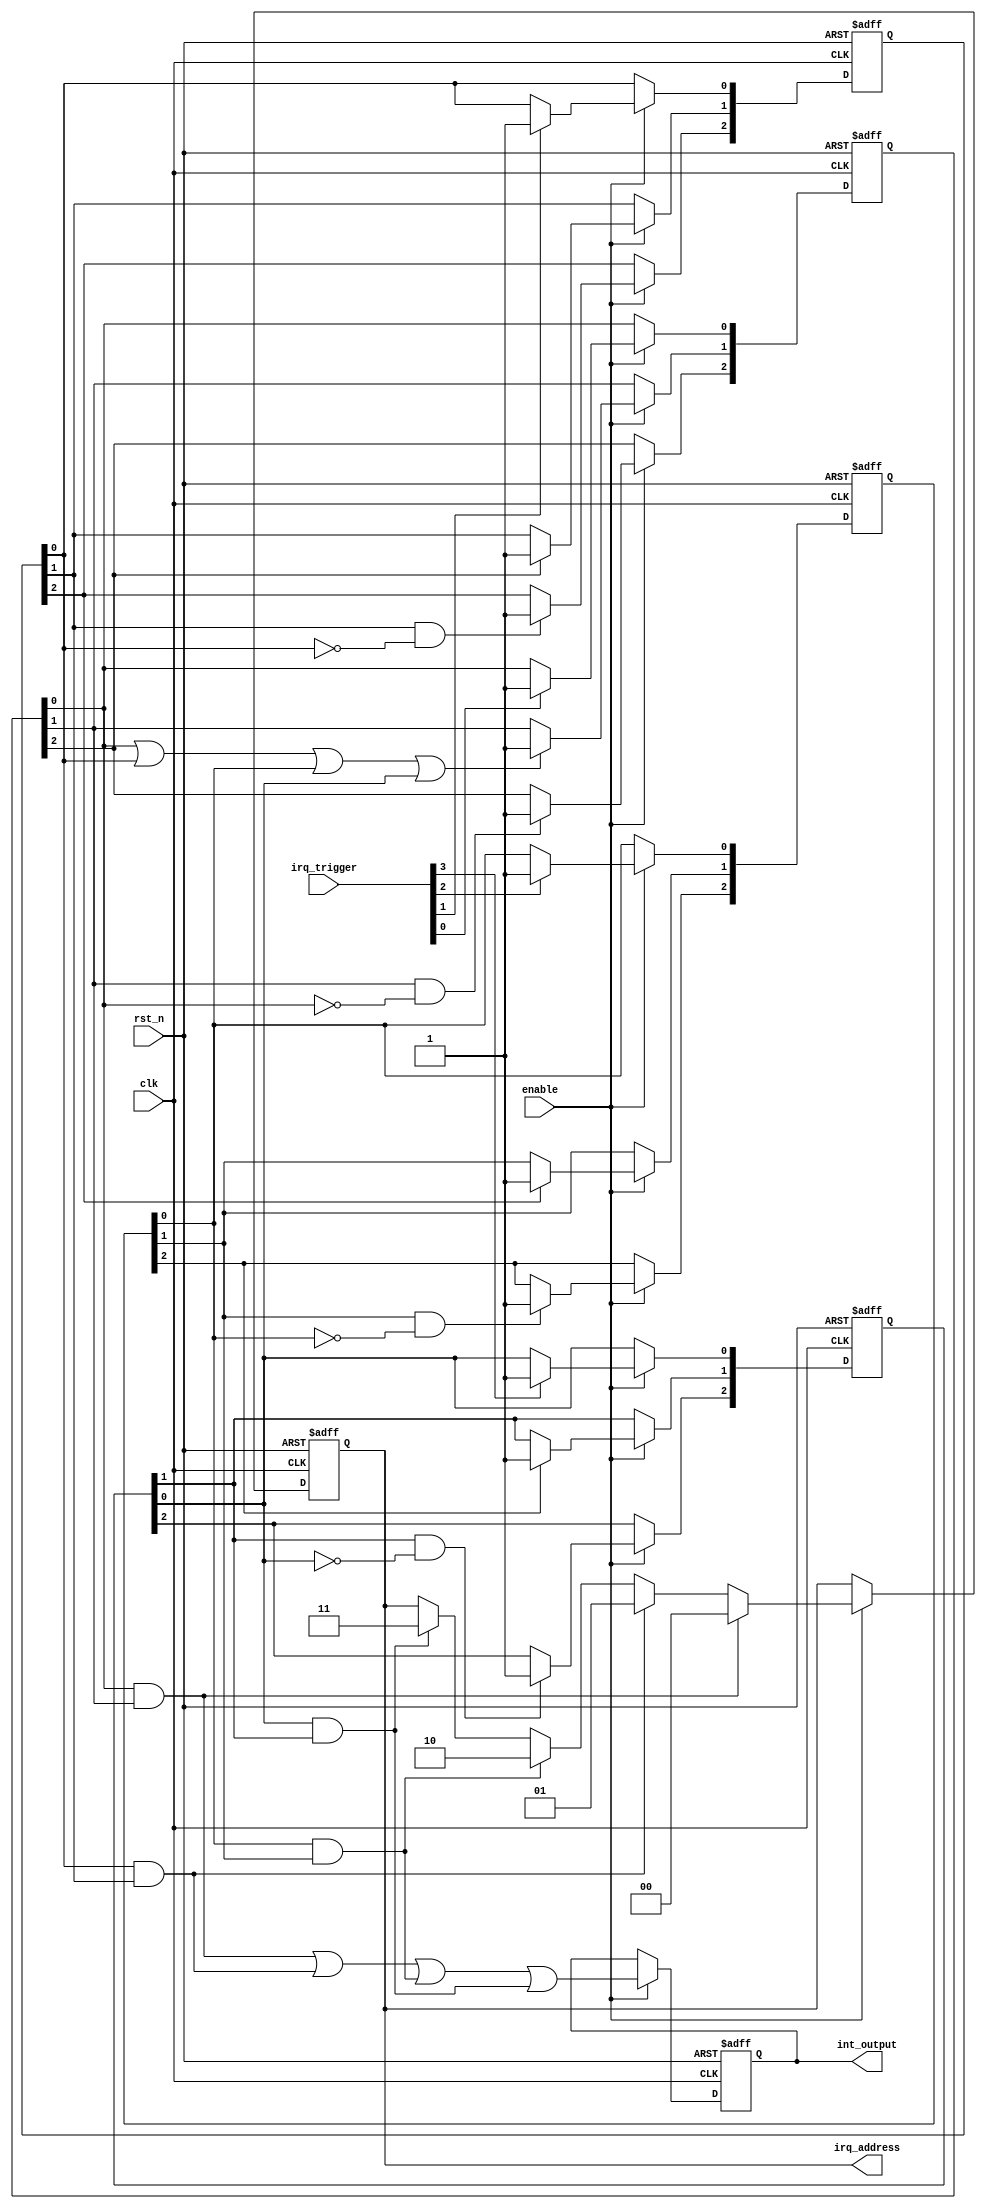
module dcpirq(
input clk,
input rst_n,
input enable,
input [3:0] irq_trigger,
output reg  int_output,
output reg [1:0] irq_address
);

//TESTING!!!	
//--------------------------------------------------------------
// Priority
//--------------------------------------------------------------

reg [2:0] irq_reg_0;
reg [2:0] irq_reg_1;
reg [2:0] irq_reg_2;
reg [2:0] irq_reg_3;

wire        ack_irq;
wire       irq_line;

wire irq_out_0;
wire irq_out_1;
wire irq_out_2;
wire irq_out_3;


//irq_reg_0

always @(posedge clk or negedge rst_n)
begin 
if(~rst_n)
 begin
  irq_reg_0 <= 3'b000;
 end
else if(enable)
 begin
   if(irq_trigger[0])
    irq_reg_0[0] <= 1'b1;
   if(ack_irq) 
    irq_reg_0[1] <= 1'b1;
   if(irq_reg_0[1] & (~irq_reg_0[0]))
    irq_reg_0[2] <= 1'b1;
 end
end

//irq_reg_1

always @(posedge clk or negedge rst_n)
begin 
if(~rst_n)
 begin
  irq_reg_1 <= 3'b000;
 end
else if(enable)
 begin
   if(irq_trigger[1])
    irq_reg_1[0] <= 1'b1;
   if(irq_reg_0[2]) 
    irq_reg_1[1] <= 1'b1;
   if(irq_reg_1[1] & (~irq_reg_1[0]))
    irq_reg_1[2] <= 1'b1;	
 end
end

//irq_reg_2

always @(posedge clk or negedge rst_n)
begin 
if(~rst_n)
 begin
  irq_reg_2 <= 3'b000;
 end
else if(enable)
 begin
   if(irq_trigger[2])
    irq_reg_2[0] <= 1'b1;
   if(irq_reg_1[2]) 
    irq_reg_2[1] <= 1'b1;
   if(irq_reg_2[1] & (~irq_reg_2[0]))
    irq_reg_2[2] <= 1'b1;
 end
end


//irq_reg_3

always @(posedge clk or negedge rst_n)
begin 
if(~rst_n)
 begin
  irq_reg_3 <= 3'b000;
 end
else if(enable)
 begin
   if(irq_trigger[3])
    irq_reg_3[0] <= 1'b1;
   if(irq_reg_2[2]) 
    irq_reg_3[1] <= 1'b1;
   if(irq_reg_3[1] & (~irq_reg_3[0]))
    irq_reg_3[2] <= 1'b1;
 end
end

assign irq_line = irq_reg_0[0] | irq_reg_1[0] | irq_reg_2[0] | irq_reg_3[0];


assign ack_irq = irq_line;

assign irq_out_0 = irq_reg_0[0] &  irq_reg_0[1];
assign irq_out_1 = irq_reg_1[0] &  irq_reg_1[1];
assign irq_out_2 = irq_reg_2[0] &  irq_reg_2[1];
assign irq_out_3 = irq_reg_3[0] &  irq_reg_3[1];

					
always @(posedge clk or negedge rst_n)
begin
 if(~rst_n)
   int_output = 1'b0;
 else if(enable)
   int_output <=  irq_out_0 | irq_out_1 | irq_out_2 | irq_out_3;
end 

//irq_address
always @(posedge clk or negedge rst_n)
begin
 if(~rst_n) irq_address <= 2'b00;
 else if (enable)
  begin
   if(irq_reg_0[1] & irq_reg_0[0])
       irq_address <= 2'b00;
   else if(irq_reg_1[1] & irq_reg_1[0])
       irq_address <= 2'b01;
   else if(irq_reg_2[1] & irq_reg_2[0])
       irq_address <= 2'b10;
   else if(irq_reg_3[1] & irq_reg_3[0])
       irq_address <= 2'b11;
  end
end



endmodule //dcpirq